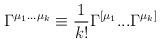
LaTeX: \begin{align*}\Gamma^{\mu_1...\mu_k} \equiv {1\over k!} \Gamma^{[\mu_1}...\Gamma^{\mu_k]}\end{align*}